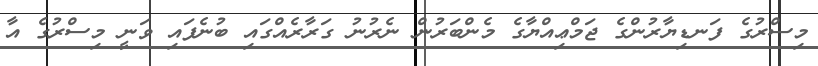
މިސްރުގެ ފަނޑިޔާރުންގެ ޖަމްޢިއްޔާގެ މެންބަރުން ނެރުނު ގަރާރެއްގައި ބުނެފައި ވަނީ މިސްރުގެ އާ